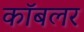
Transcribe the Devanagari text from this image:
कॉबलर